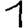
Digit: 1